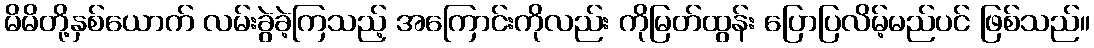
မိမိတို့နှစ်ယောက် လမ်းခွဲခဲ့ကြသည့် အကြောင်းကိုလည်း ကိုမြတ်ထွန်း ပြောပြလိမ့်မည်ပင် ဖြစ်သည်။